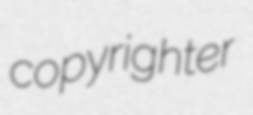
copyrighter